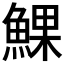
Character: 𩸄